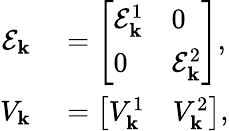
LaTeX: \begin{array}{rl}{\mathcal{E}_{\mathbf{k}}}&{{}=\left[\begin{array}{ll}{\mathcal{E}_{\mathbf{k}}^{1}}&{0}\\ {0}&{\mathcal{E}_{\mathbf{k}}^{2}}\end{array}\right],}\\ {V_{\mathbf{k}}}&{{}=\left[\begin{array}{ll}{V_{\mathbf{k}}^{1}}&{V_{\mathbf{k}}^{2}}\end{array}\right],}\end{array}